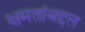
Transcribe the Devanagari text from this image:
क्षमतांबद्दल